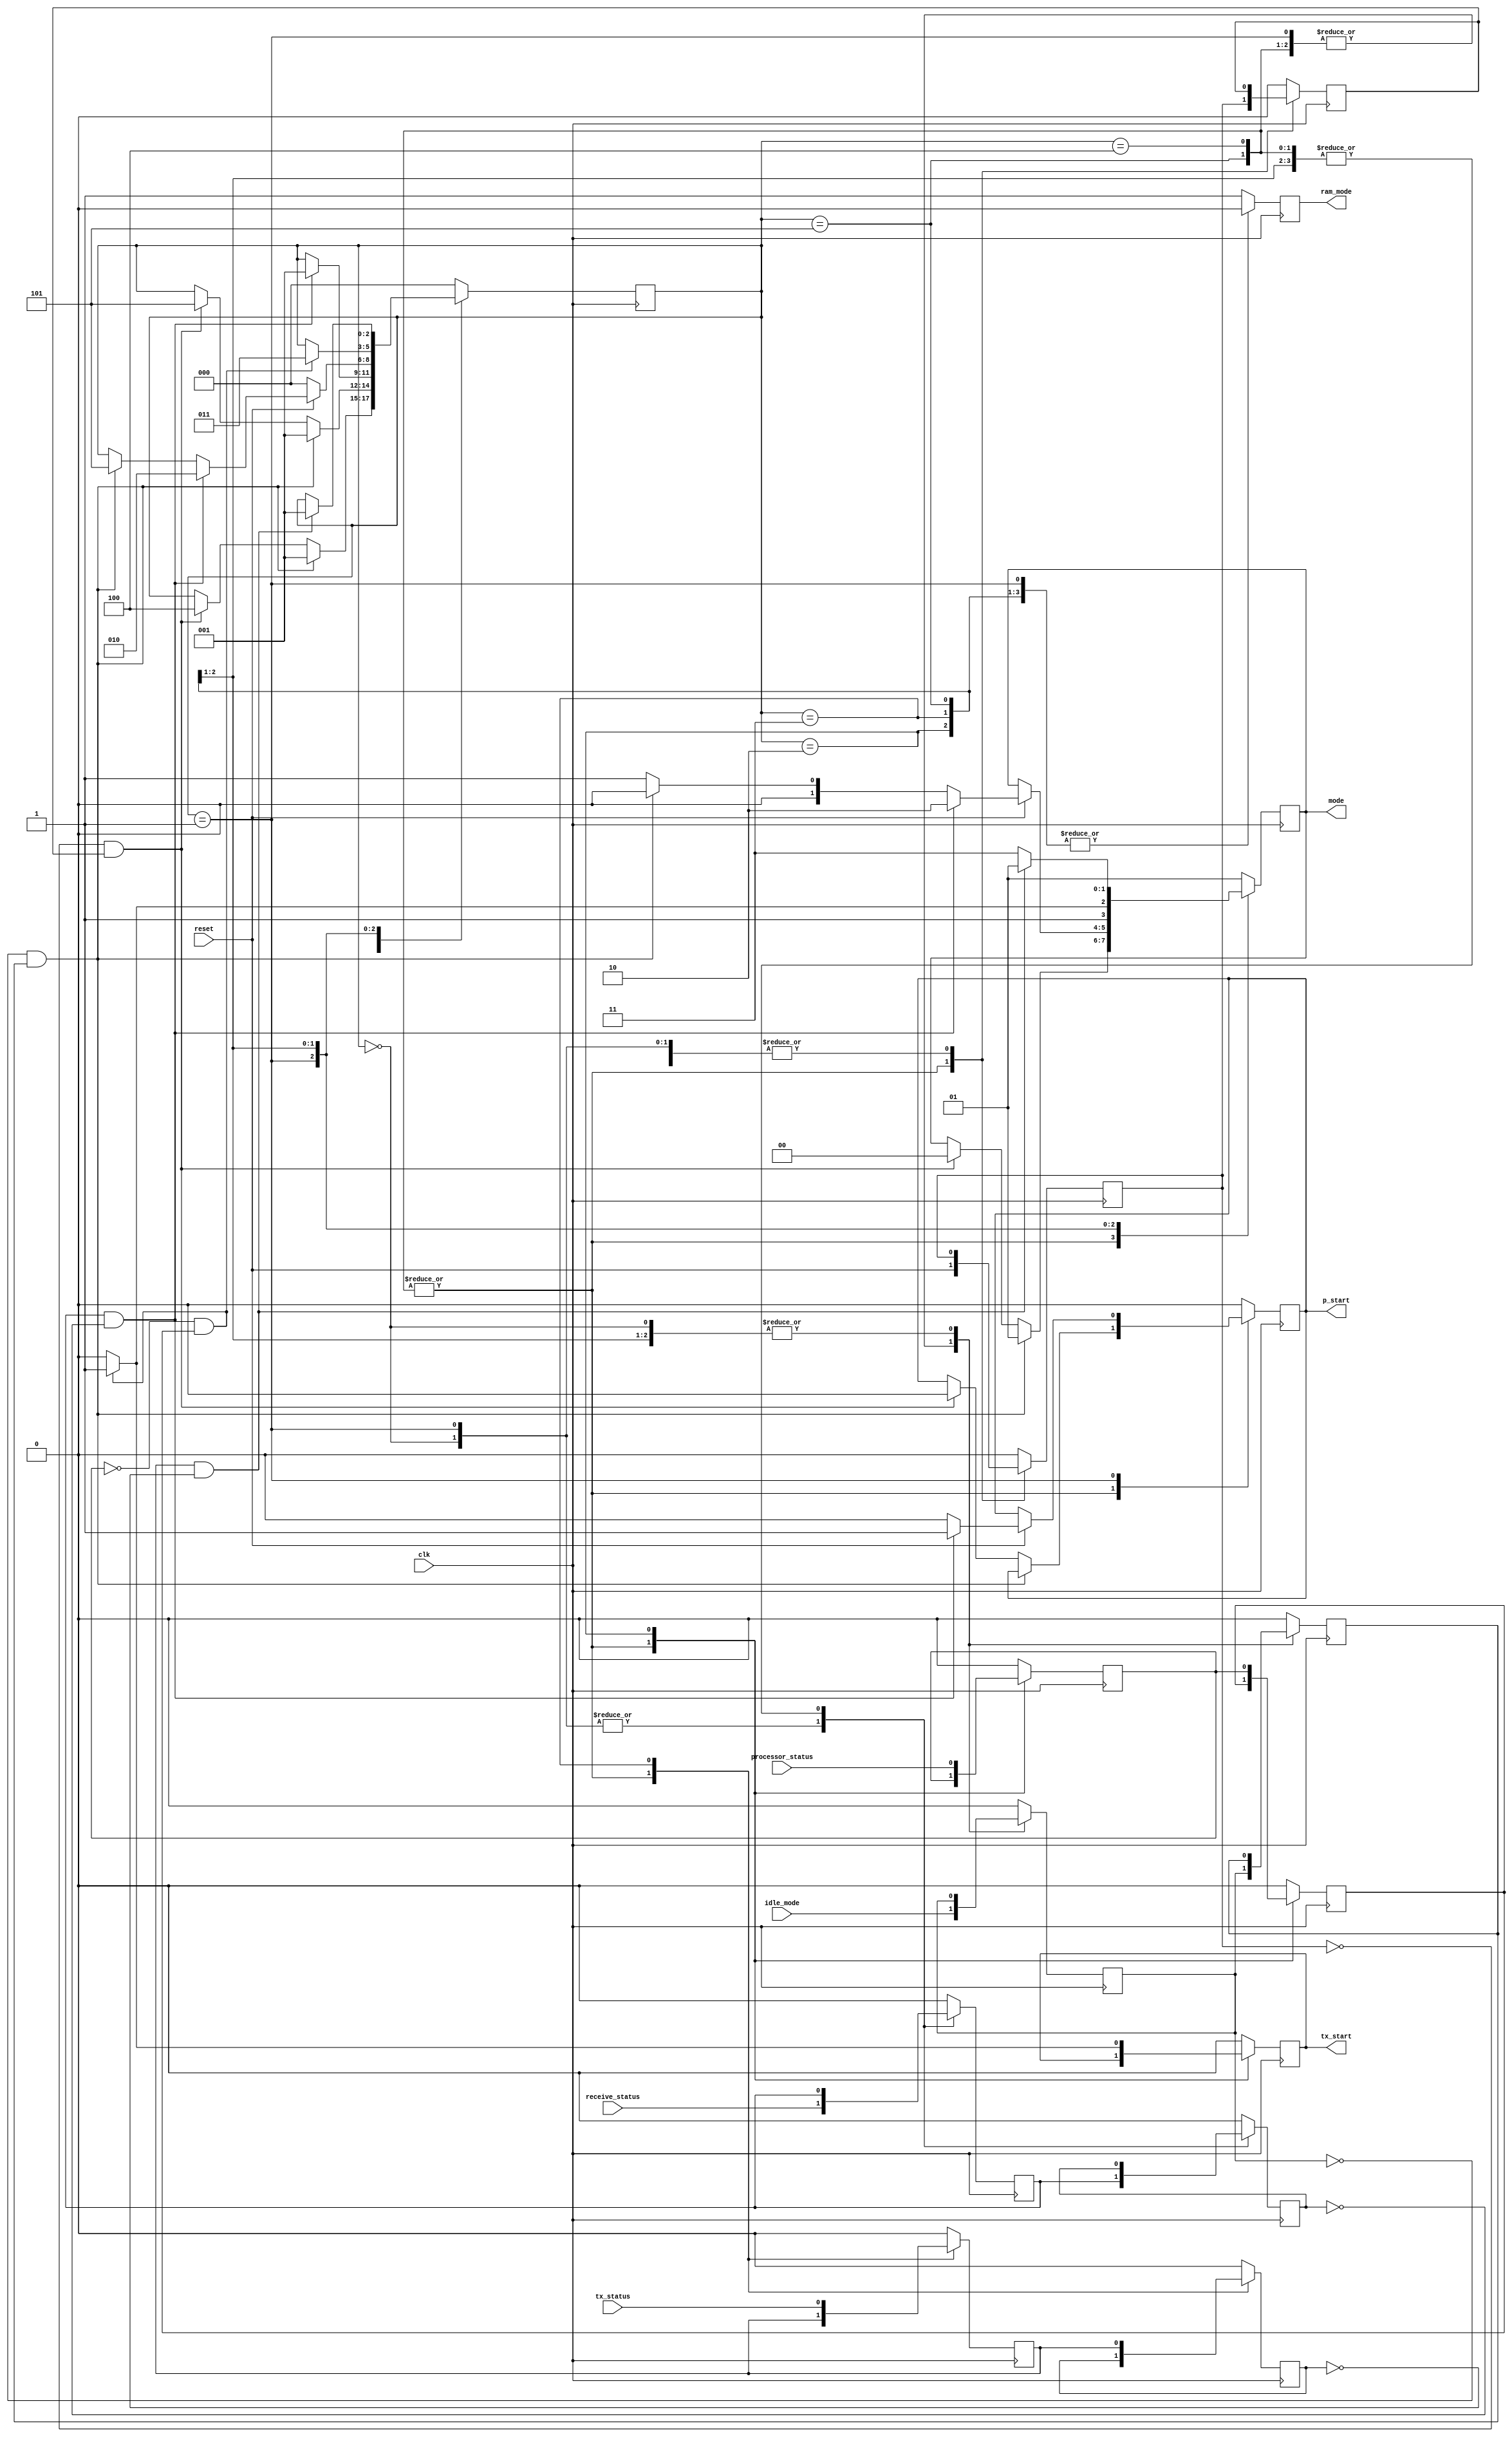
module Automatic_controller(
			clk,
			mode,
			ram_mode,
			p_start,
			tx_start,
			receive_status,
			processor_status,
			tx_status,
			reset,
			idle_mode
);

input clk,receive_status,processor_status,tx_status,reset,idle_mode;

output reg [1:0] mode = 2'b01;
output reg ram_mode   = 1'b1;
output reg tx_start   = 1'b0;
output reg p_start    = 1'b0;

parameter LOAD_INS = 3'b000;
parameter LOAD_DAT = 3'b001;
parameter PROCESS  = 3'b010;
parameter TRANSMIT = 3'b011;
parameter IDLE_INS = 3'b100;
parameter IDLE_DAT = 3'b101;

reg [2:0] STATE = 3'b000;

reg a = 1'b0;
reg b = 1'b0;
reg c = 1'b0;
reg d = 1'b0;
reg e = 1'b0;
reg f = 1'b0;
reg g = 1'b0;
reg h = 1'b0;
reg i = 1'b0;
reg j = 1'b0;

always @(negedge clk)
	case(STATE)
		IDLE_DAT:
			begin
				i        <= reset;
				j        <= i;
				g        <= idle_mode;
				h        <= g;
				ram_mode <= 1'b0;
				if(~g & h) 
					begin
						STATE <= LOAD_DAT;
						mode     <= 2'b01;
					end
				else if(~i & j)
					begin
						STATE    <= IDLE_INS;
						p_start  <= 1'b0;
						mode     <= 2'b00;
					end
			end
		IDLE_INS:
			begin
				g        <= idle_mode;
				h        <= g;
				i        <= reset;
				j        <= i;
				ram_mode <= 1'b1;
				if(~g & h)
					begin	
						STATE <= LOAD_DAT;
						mode     <= 2'b01;
					end
				else if(~i & j)
					begin
						STATE    <= IDLE_DAT;
						p_start  <= 1'b0;
						mode     <= 2'b00;
					end
			end
		LOAD_INS:
			begin
				a        <= receive_status;
				b        <= a;
				c        <= 1'b0;
				d        <= 1'b0;
				e        <= 1'b0;
				f        <= 1'b0;
				mode     <= 2'b01;
				ram_mode <= 1'b1;
				tx_start <= 1'b0;
				p_start  <= 1'b0;
				if(a & ~b)
					STATE <= LOAD_DAT;
			end
		LOAD_DAT:
			begin
				a        <= receive_status;
				b        <= a;
				c        <= 1'b0;
				d        <= 1'b0;
				e        <= 1'b0;
				f        <= 1'b0;
				g        <= idle_mode;
				h        <= g;
				ram_mode <= 1'b0;
				tx_start <= 1'b0;
				if(~reset)
					STATE <= LOAD_INS;
				else if(a & ~b)
					begin
						STATE    <= PROCESS;
						p_start  <= 1'b1;
						mode     <= 2'b10;
					end
				else if(~g & h)
					begin
						STATE    <= IDLE_DAT;
						p_start  <= 1'b0;
						mode     <= 2'b00;
					end
				else
					begin
						p_start  <= 1'b0;
						mode     <= 2'b01;
					end
			end
		PROCESS:
			begin
				c <= processor_status;
				d <= c;
				e        <= 1'b0;
				f        <= 1'b0;
				ram_mode <= 1'b0;
				tx_start <= 1'b0;
				p_start  <= 1'b0;
				if (~c & d)
					begin
						STATE <= TRANSMIT;
						tx_start <= 1'b1;
						mode     <= 2'b11;
					end
				else
					begin
						tx_start <= 1'b0;
						mode     <= 2'b10;
					end
			end
		TRANSMIT:
			begin
				e <= tx_status;
				f <= e;
				c        <= 1'b0;
				d        <= 1'b0;
				ram_mode <= 1'b0;
				tx_start <= 1'b0;
				p_start  <= 1'b0;
				if (e & ~f)
					begin
						STATE <= 2'b01;
						mode     <= 2'b01;
					end
				else mode     <= 2'b11;		
			end
		default:	
			begin
				a        <= 1'b0;
				b        <= 1'b0;
				c        <= 1'b0;
				d        <= 1'b0;
				e        <= 1'b0;
				f        <= 1'b0;
				g        <= 1'b0;
				h        <= 1'b0;
				i        <= 1'b0;
				j        <= 1'b0;
				mode     <= 2'b01;
				ram_mode <= 1'b1;
				tx_start <= 1'b0;
				p_start  <= 1'b0;
				STATE    <= LOAD_INS;
			end
	endcase
endmodule